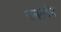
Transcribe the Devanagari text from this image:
जलतर्पण